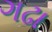
ગઢા